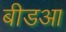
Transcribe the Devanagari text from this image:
बीडआ